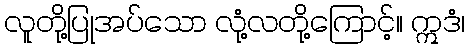
လူတို့ပြုအပ်သော လုံ့လတို့ကြောင့်။ ဣဒံ၊